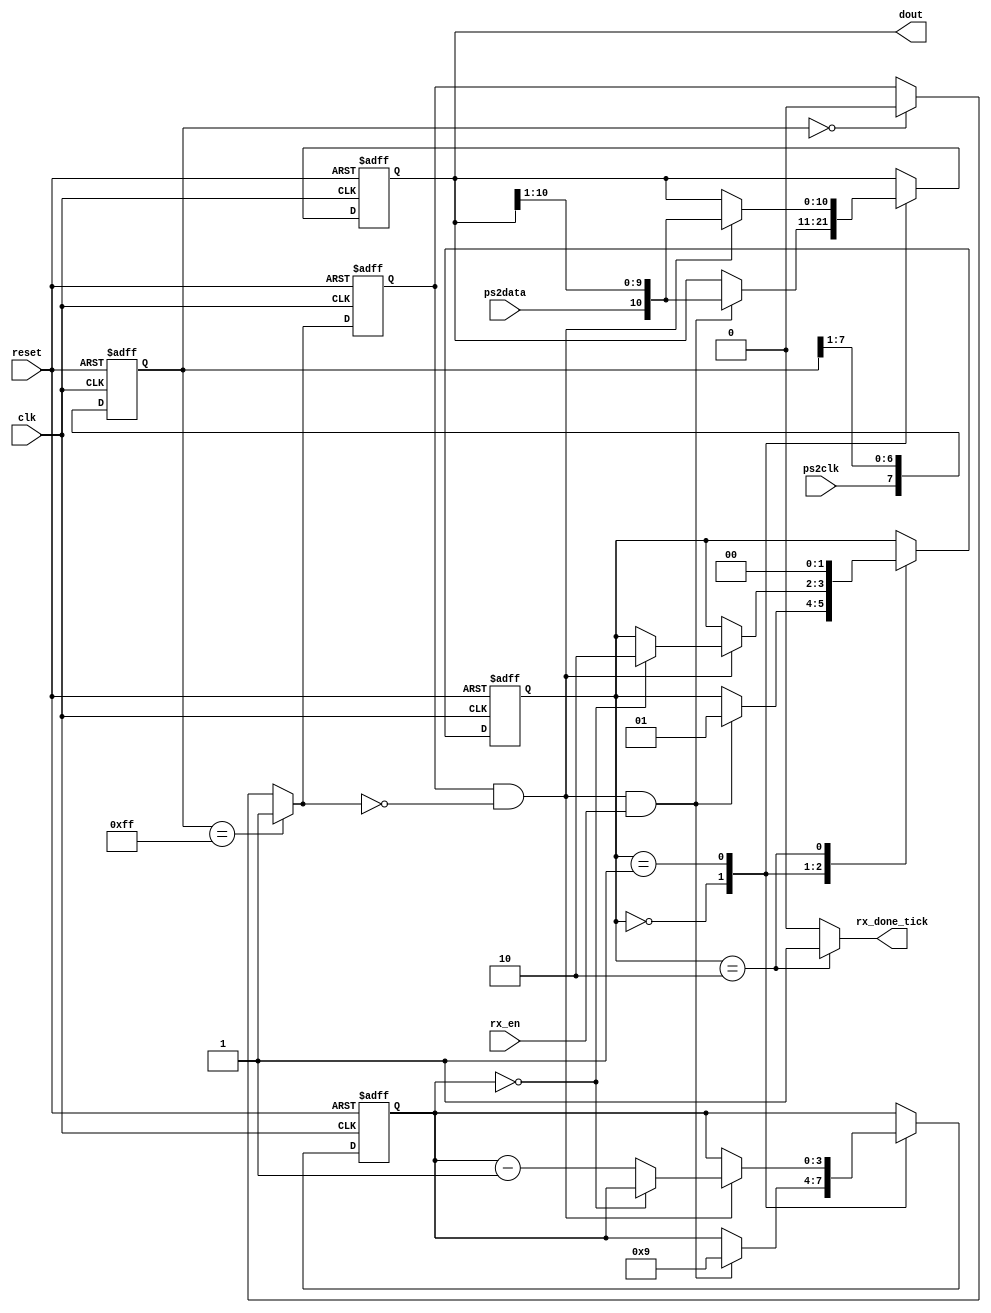
`timescale 1ns / 1ps
//////////////////////////////////////////////////////////////////////////////////
// Company: 
// Engineer: 
// 
// Design Name: 
// Module Name: Receptor_tecla
// Project Name: 
// Target Devices: 
// Tool Versions: 
// Description: 
// 
// Dependencies: 
// 
// Revision:
// Revision 0.01 - File Created
// Additional Comments:
// 
//////////////////////////////////////////////////////////////////////////////////


module Receptor_tecla(
    
    input wire clk, reset,
    input wire ps2data, ps2clk, rx_en,
    output reg rx_done_tick,
    output wire [10:0] dout
);

// Declaracin simblica de estados
localparam [1:0]
	idle = 2'b00,
	dps  = 2'b01,
	load = 2'b10;

// Declaracin de seales
reg [1:0] state_reg, state_next;
reg [7:0] filter_reg;
wire [7:0] filter_next;
reg f_ps2clk_reg;
wire f_ps2clk_next;
reg [3:0] n_reg, n_next;//Contador auxiliar para manejar el nmero de bits ensamblados
reg [10:0] assembled_data_reg, assembled_data_next; //Buffer para guardar el dato
wire fall_edge;

//======================================================
// Filtrado y deteccin del flanco negativo de ps2_clk
//======================================================
always @(posedge clk, posedge reset)//ciclo para actualizar los estados de la deteccion de flanco negativo
if (reset)
	begin
		filter_reg <= 0;
		f_ps2clk_reg <= 0;
	end
else
	begin
		filter_reg <= filter_next;
		f_ps2clk_reg <= f_ps2clk_next;
	end

assign filter_next = {ps2clk, filter_reg[7:1]};
assign f_ps2clk_next = (filter_reg==8'b11111111) ? 1'b1 :
							(filter_reg==8'b00000000) ? 1'b0 :
							 f_ps2clk_reg;
assign fall_edge = f_ps2clk_reg & ~f_ps2clk_next;//Deteccin del flanco negativo del clk del teclado

//=================================================
// FSMD
//=================================================
// Estado FSMD y registros de datos
always @(posedge clk, posedge reset)//ciclo que actuliza los estados de la FSMD
	if (reset)
		begin
			state_reg <= idle;
			n_reg <= 0;
			assembled_data_reg <= 0;
		end
	else
		begin
			state_reg <= state_next;
			n_reg <= n_next;
			assembled_data_reg <= assembled_data_next;
		end
// Lgica de siguiente estado de la FSMD
always @*
begin
	state_next = state_reg;
	rx_done_tick = 1'b0;
	n_next = n_reg;
	assembled_data_next = assembled_data_reg;
	case (state_reg)
		idle:
			if (fall_edge & rx_en)//cuando se cumplen estas 2 condiciones puede emsanblar el primer bit que seria el de inicio
				begin
					// shift al bit entrante
					assembled_data_next = {ps2data, assembled_data_reg[10:1]};
					n_next = 4'b1001;
					state_next = dps;//pasa al siguiente estado
				end
		dps: //Ensamblar 8 bits de datos + 1 paridad + 1 parada
			if (fall_edge)
				begin
					assembled_data_next = {ps2data, assembled_data_reg[10:1]};
					if (n_reg==0)
						state_next = load;
					else
						n_next = n_reg - 1'b1;
				end
		load: // Ciclo de reloj extra para terminar el ensamblaje del dato del teclado
			begin
				state_next = idle;
				rx_done_tick = 1'b1;
			end
	endcase
end
// Salida
assign dout = assembled_data_reg[10:0]; // bits de datos (se incluyen bit de inicio, paridad y parada)
//Nota: Bits del cdigo de la teclado [8:1]

endmodule